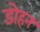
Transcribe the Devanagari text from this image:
डोहन